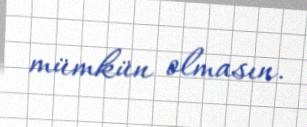
mümkün olmasın.